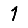
Digit: 1